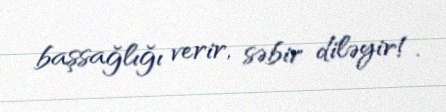
başsağlığı verir, səbir diləyir!.